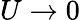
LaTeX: U\rightarrow 0